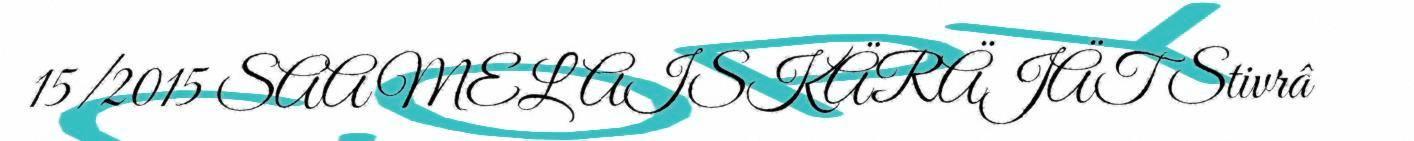
15/2015 SAAMELAISKÄRÄJÄT Stivrâ